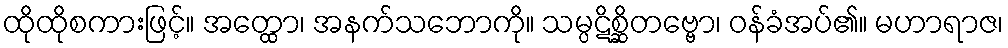
ထိုထိုစကားဖြင့်။ အတ္ထော၊ အနက်သဘောကို။ သမ္ပဋိစ္ဆိတဗ္ဗော၊ ဝန်ခံအပ်၏။ မဟာရာဇ၊